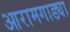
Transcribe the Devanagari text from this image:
आरामगाड्या